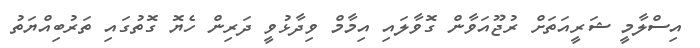
އިސްލާމީ ޝަރީއަތަށް ރުޖޫއަވާން ގޮވާލައި އިމާމް ވިދާޅުވީ ދަރިން ހެޔޮ ގޮތުގައި ތަރުބިއްޔަތު